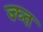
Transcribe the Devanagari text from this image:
ज्घ्त